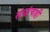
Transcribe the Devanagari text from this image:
संघांचाही